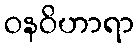
ဝနဝိဟာရာ